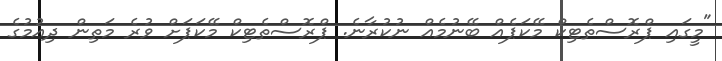
"މީގައި ޕްރޮސްތެޓިކް މޭކަޕެއް ބޭނުމެއް ނުކުރާނެ. ޕްރޮސްތެޓިކް މޭކަޕަށް ވުރެ މަތިން ދިއުމުގެ